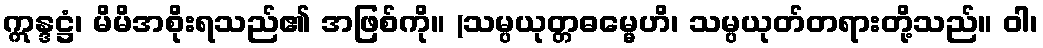
ဣန္ဒဋ္ဌံ၊ မိမိအစိုးရသည်၏ အဖြစ်ကို။ (သမ္ပယုတ္တဓမ္မေဟိ၊ သမ္ပယုတ်တရားတို့သည်။ ဝါ၊